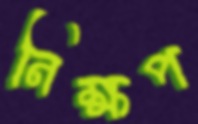
নিক্ষপ